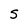
Character: 5